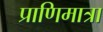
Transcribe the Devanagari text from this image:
प्राणिमात्रा